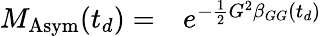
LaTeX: \begin{array}{rl}{M_{\mathrm{Asym}}(t_{d})=}&{{}e^{-\frac{1}{2}G^{2}\beta_{GG}(t_{d})}}\end{array}